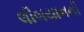
લીબયાનની